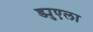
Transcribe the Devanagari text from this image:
ड्युएला